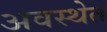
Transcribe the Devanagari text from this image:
अवस्‍थेत